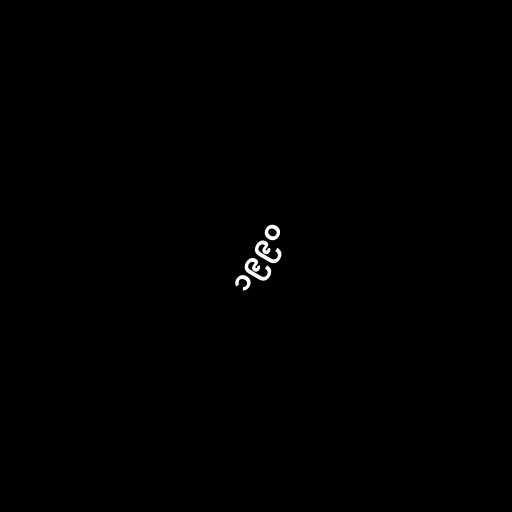
၁၉၉၀